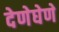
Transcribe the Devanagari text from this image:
देणेघेणे